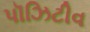
પૉઝિટીવ